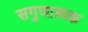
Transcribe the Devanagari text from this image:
सगुणात्मक